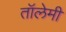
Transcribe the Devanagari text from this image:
तॉलेमी